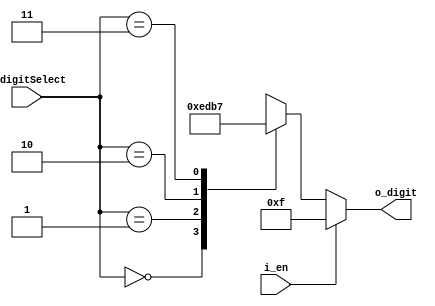
module FND_SelectDecoder(
    //input, output?? wire type
    input [1:0] i_digitSelect,
    input i_en,                 //enable
    output [3:0] o_digit
    );

    //reg type : memory ???
    reg [3:0] r_digit;
    assign o_digit = r_digit;

    // always @() : ?????? ?????? ???????? ???? ????????? ???????
    // -> always @(i_digitSelect) : ?????? ????????? ???? ??????
    // (i_digitSelect, i_en) == (i_digitSelect or i_en)
    always @(i_digitSelect, i_en) begin
        // if else ???? always ??????????? ??? ??? ??????
        if (i_en) begin
            r_digit = 4'b1111;
        end
        else begin
            case (i_digitSelect)            // c?????? swich ????
                2'h0 : r_digit = 4'b1110;   // c?????? case ????
                2'h1 : r_digit = 4'b1101;
                2'h2 : r_digit = 4'b1011;
                2'h3 : r_digit = 4'b0111;
            endcase
        end
    end

endmodule